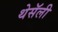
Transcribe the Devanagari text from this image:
थेसॅली